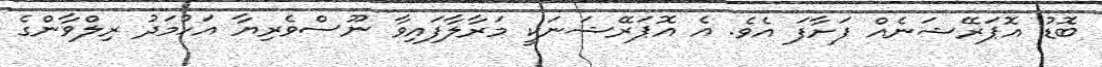
ބޮޑު އޮޕަރޭޝަނެއް ފަށާފަ އެވެ. އެ އޮޕަރޭޝަނަކީ މަރާލާފައިވާ ނޫސްވެރިޔާ އަހުމަދު ރިލްވާންގެ